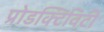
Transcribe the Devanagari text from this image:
प्रोडक्टिविटी